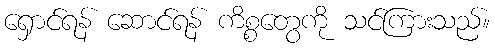
ရှောင်ရန် ဆောင်ရန် ကိစ္စတွေကို သင်ကြားသည်။